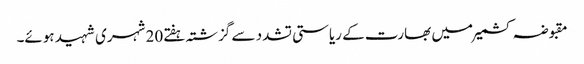
مقبوضہ کشمیرمیں بھارت کے ریاستی تشدد سے گزشتہ ہفتے20 شہری شہید ہوئے۔